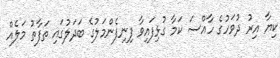
ކިޔާ އިރު ދުވަހުގެ ހާއްސަ ކަމާ ގުޅިފައިވާ ފިނިފެންމަލުގެ ބަދަލުގައި ތަފާތު މަލެއް